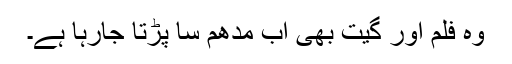
وہ فلم اور گیت بھی اب مدھم سا پڑتا جارہا ہے۔